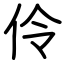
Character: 伶